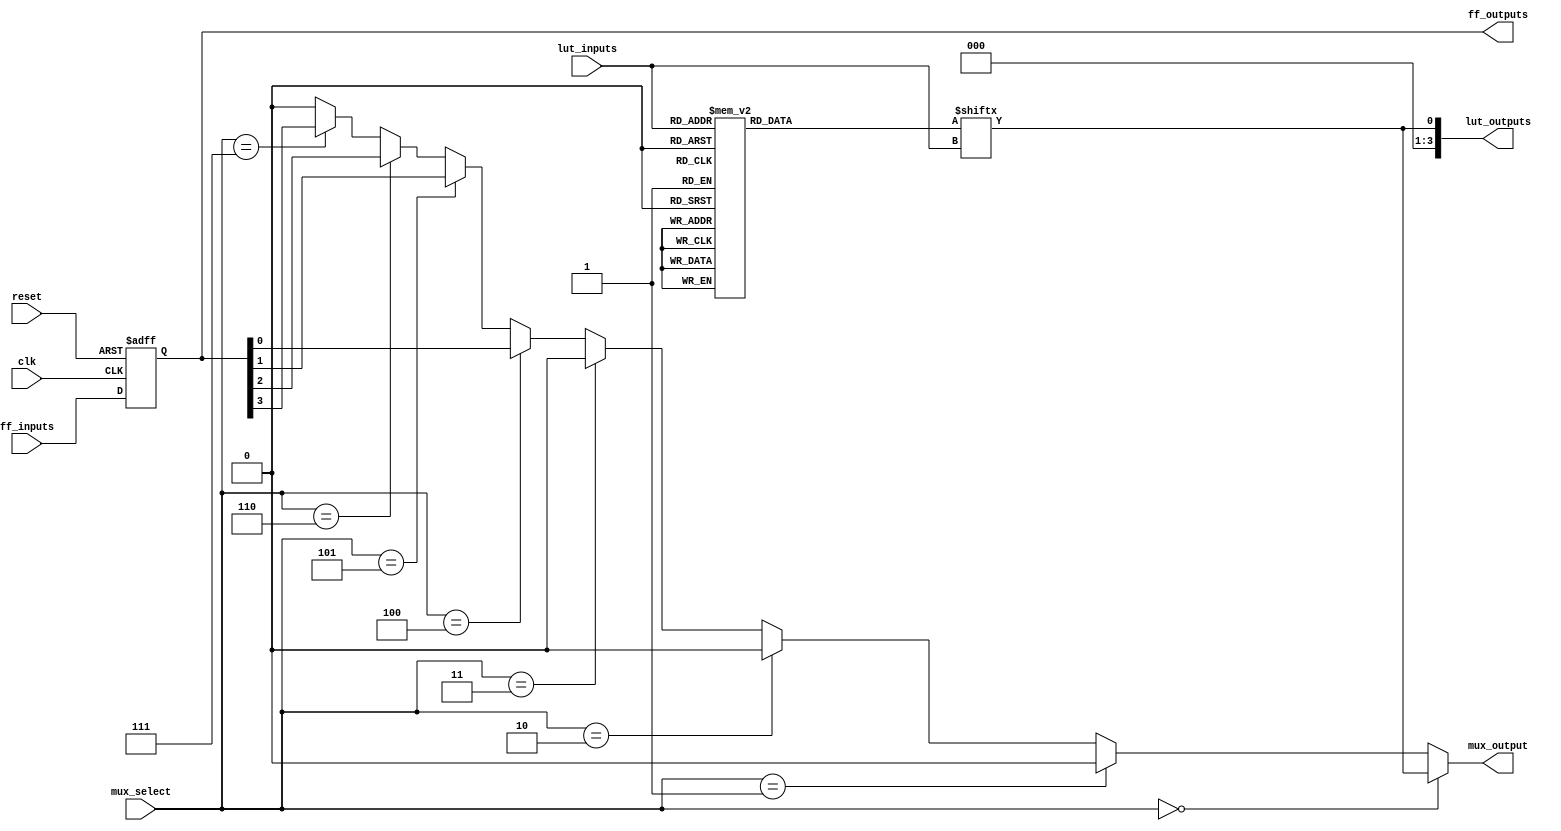
module CLB (
    input wire [3:0] lut_inputs,      // Inputs to the LUT
    input wire [3:0] mux_select,      // MUX select signals
    input wire clk,                   // Clock signal for FFs
    input wire reset,                 // Reset signal
    input wire [3:0] ff_inputs,       // Inputs to the Flip-Flops
    output wire [3:0] lut_outputs,    // Outputs from the LUT
    output wire mux_output,           // Output from the MUX
    output wire [3:0] ff_outputs       // Outputs from the Flip-Flops
);

// Look-Up Table (LUT) implementation
reg [15:0] lut_memory; // 16 possible combinations for 4 inputs
always @(*) begin
    case (lut_inputs)
        4'b0000: lut_memory = 16'b0000000000000001; // Example LUT configuration
        4'b0001: lut_memory = 16'b0000000000000010;
        4'b0010: lut_memory = 16'b0000000000000100;
        4'b0011: lut_memory = 16'b0000000000001000;
        4'b0100: lut_memory = 16'b0000000000010000;
        4'b0101: lut_memory = 16'b0000000000100000;
        4'b0110: lut_memory = 16'b0000000001000000;
        4'b0111: lut_memory = 16'b0000000010000000;
        4'b1000: lut_memory = 16'b0000000100000000;
        4'b1001: lut_memory = 16'b0000001000000000;
        4'b1010: lut_memory = 16'b0000010000000000;
        4'b1011: lut_memory = 16'b0000100000000000;
        4'b1100: lut_memory = 16'b0001000000000000;
        4'b1101: lut_memory = 16'b0010000000000000;
        4'b1110: lut_memory = 16'b0100000000000000;
        4'b1111: lut_memory = 16'b1000000000000000;
        default: lut_memory = 16'b0000000000000000;
    endcase
end

assign lut_outputs = lut_memory[lut_inputs]; // Output from LUT

// Multiplexer implementation
assign mux_output = (mux_select == 4'b0000) ? lut_outputs[0] :
                    (mux_select == 4'b0001) ? lut_outputs[1] :
                    (mux_select == 4'b0010) ? lut_outputs[2] :
                    (mux_select == 4'b0011) ? lut_outputs[3] :
                    (mux_select == 4'b0100) ? ff_outputs[0] :
                    (mux_select == 4'b0101) ? ff_outputs[1] :
                    (mux_select == 4'b0110) ? ff_outputs[2] :
                    (mux_select == 4'b0111) ? ff_outputs[3] : 1'b0;

// Flip-Flop implementation
reg [3:0] ff_reg;
always @(posedge clk or posedge reset) begin
    if (reset) begin
        ff_reg <= 4'b0000; // Reset FFs
    end else begin
        ff_reg <= ff_inputs; // Capture input on clock edge
    end
end

assign ff_outputs = ff_reg; // Output from FFs

endmodule